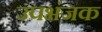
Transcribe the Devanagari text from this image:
उपभंजक